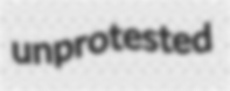
unprotested